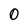
Character: 0